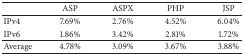
<table><thead><tr><td><b> </b></td><td><b>ASP</b></td><td><b>ASPX</b></td><td><b>PHP</b></td><td><b>JSP</b></td></tr></thead><tbody><tr><td>IPv4</td><td>7.69%</td><td>2.76%</td><td>4.52%</td><td>6.04%</td></tr><tr><td>IPv6</td><td>1.86%</td><td>3.42%</td><td>2.81%</td><td>1.72%</td></tr><tr><td>Average</td><td>4.78%</td><td>3.09%</td><td>3.67%</td><td>3.88%</td></tr></tbody></table>